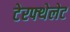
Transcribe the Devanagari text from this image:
टेरफ्थेलेट